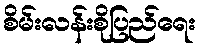
စိမ်းလန်းစိုပြည်ရေး